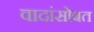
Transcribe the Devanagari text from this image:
वादांसोबत